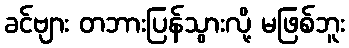
ခင်ဗျား တဘားပြန်သွားလို့ မဖြစ်ဘူး